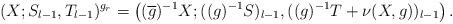
LaTeX: \begin{align*} (X;S_{l-1},T_{l-1})^{g_r} =\left((\overline g)^{-1}X; ((g)^{-1}S)_{l-1}, ((g)^{-1}T+\nu(X,g))_{l-1}\right).\end{align*}